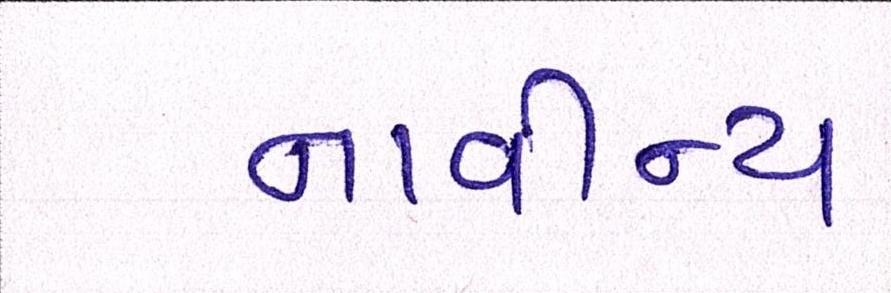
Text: નાવીન્ય